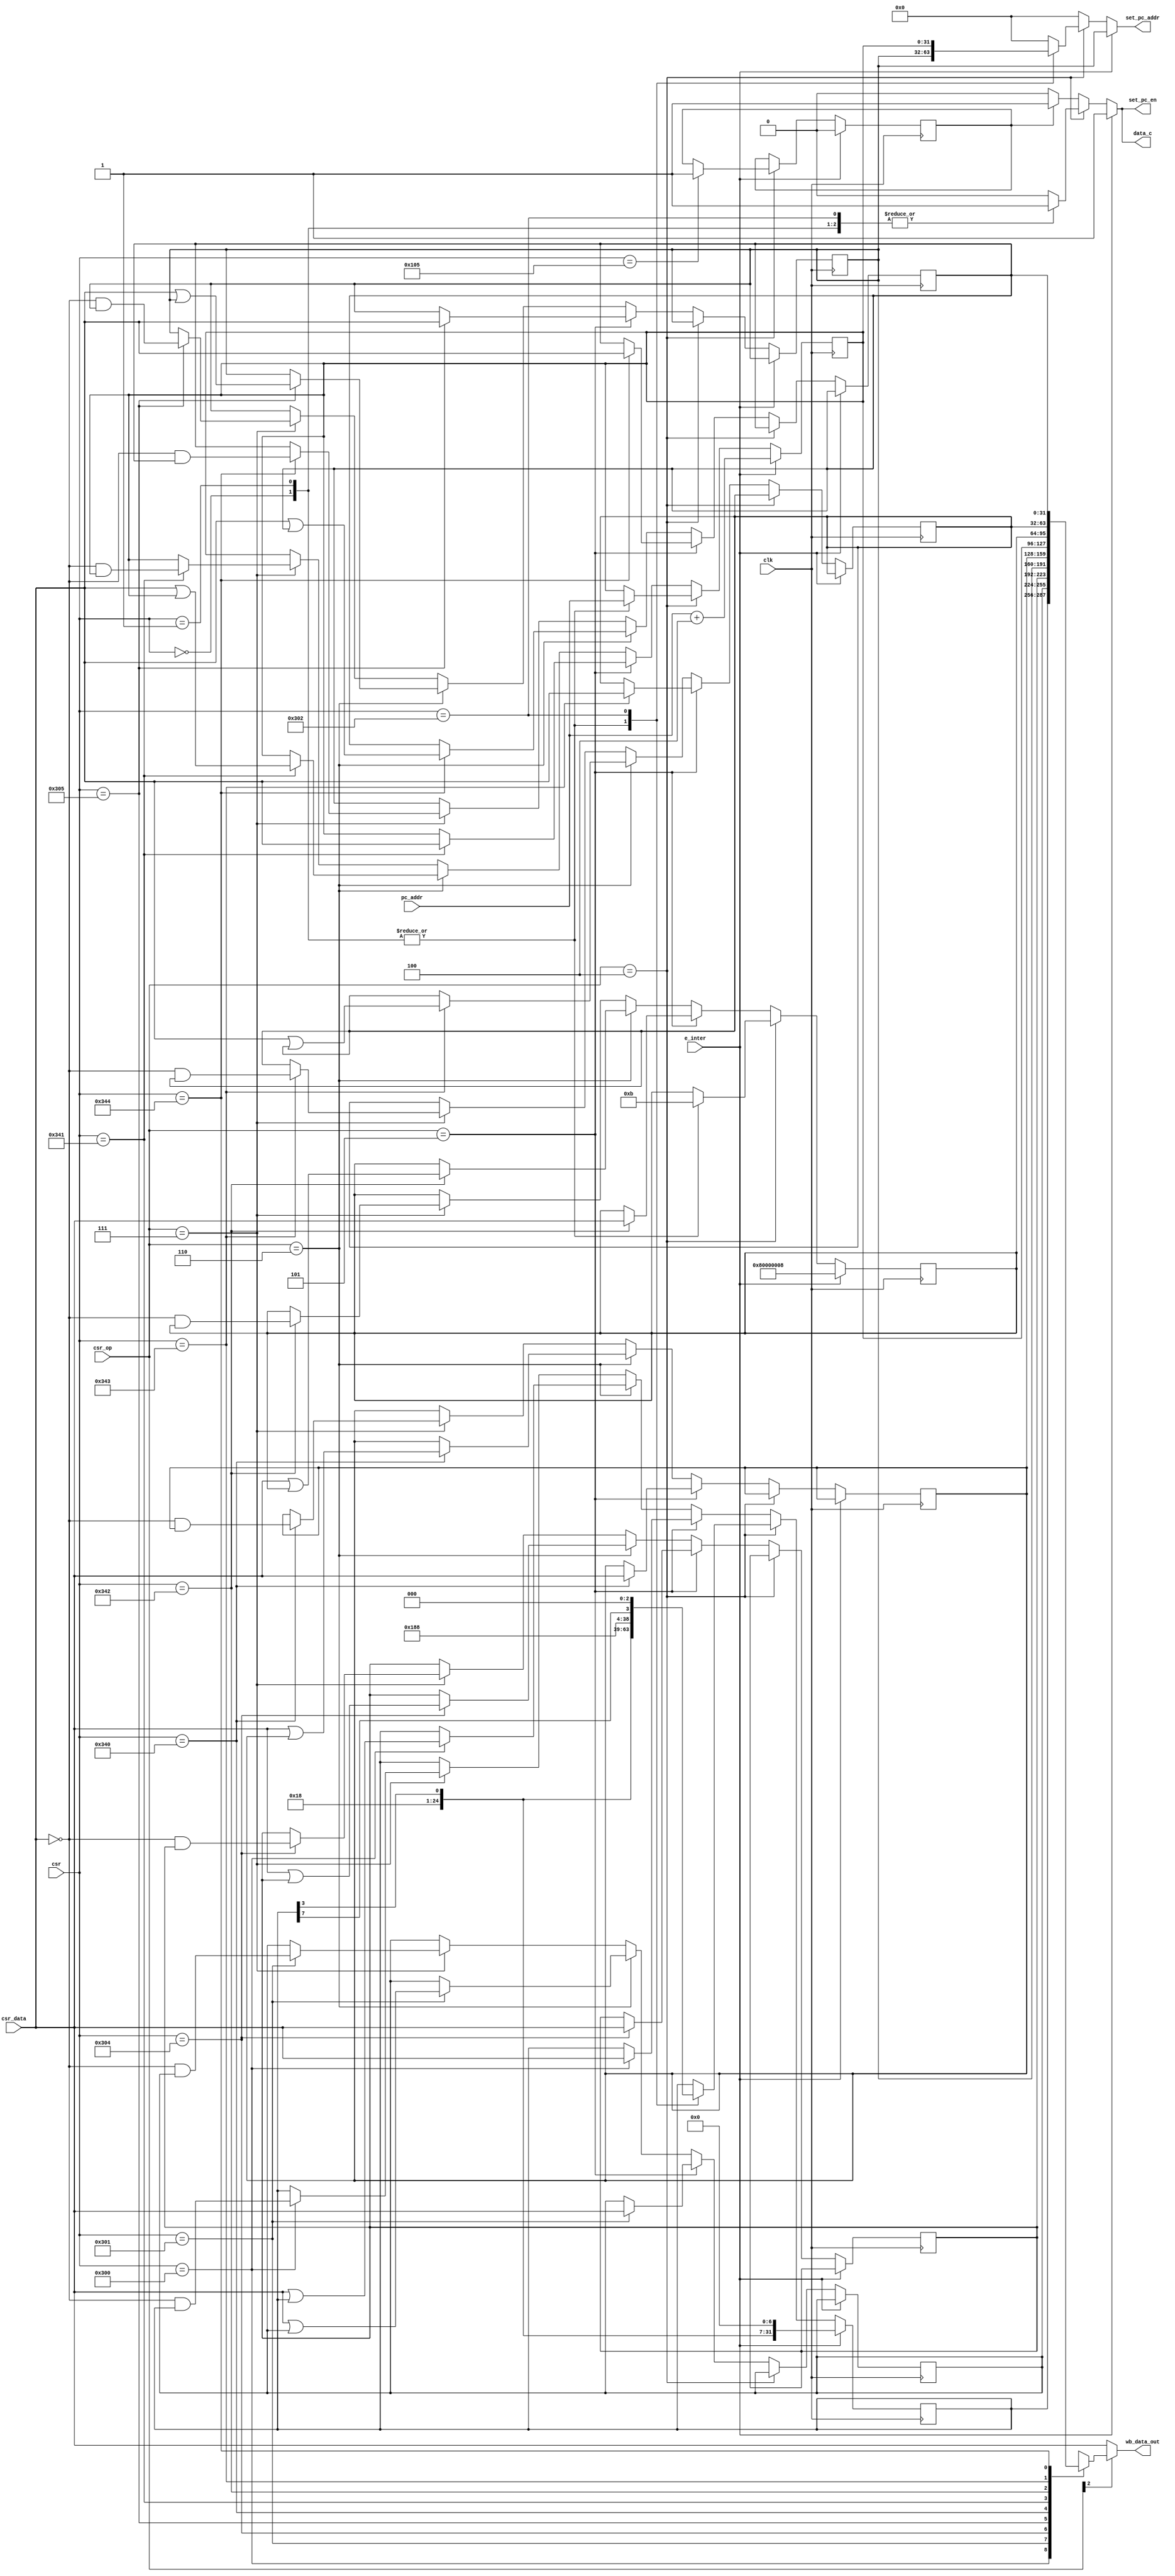
module csr_reg(
input clk,
input [11:0]csr,
input [31:0]csr_data,
input [2:0]csr_op,
input e_inter,
input [31:0]pc_addr,

output reg [31:0]wb_data_out,
output reg set_pc_en,
output reg [31:0]set_pc_addr,
output reg data_c
);

reg [31:0]mstatus  ;
reg [31:0]misa     ;
reg [31:0]mie      ;
reg [31:0]mtvec    ;
reg [31:0]mscratch ;
reg [31:0]mepc     ;
reg [31:0]mcause   ;
reg [31:0]mtval    ;
reg [31:0]mip      ;

reg wifi;


reg [31:0]csr_data_out;

initial
begin
misa=32'b0100_0000_0000_0000_0000_0001_0000_0000;	//

mstatus=32'b0000_0000_0000_0000_0001_1000_1000_1000;	//

mie     =32'b1111_1111_1111_1111_1111_1111_1111_1111;	//
mtvec   =2048;	//
mscratch=0;		//
mepc    =0;		//pc
mcause  =2;		//
mtval   =0;		//
mip     =0;		//

wifi    =0;    //
end

always@(*)
begin

	if(csr_op[2]==1)
		wb_data_out=csr_data_out;
	else
		wb_data_out=csr_data;

end

always@(posedge clk)
begin
if(e_inter==1)

begin
	mcause  =32'h80_00_00_08;
	mepc=pc_addr+4;
	mstatus={24'b0000_0000_0000_0000_0001_1000,mstatus[3],7'b000_0000};
	wifi=0;
end

else

begin
if(csr_op==3'b100)
	begin
	case(csr)
	
	0:
	begin
	mepc=pc_addr;
	mcause  =32'h00_00_00_0b;
	mstatus={24'b0000_0000_0000_0000_0001_1000,mstatus[3],7'b000_0000};
	end
	
	1:
	begin
	mepc=pc_addr;
	mcause  =32'h00_00_00_0b;
	mstatus={24'b0000_0000_0000_0000_0001_1000,mstatus[3],7'b000_0000};
	end
	
	770: 
	mstatus={24'b0000_0000_0000_0000_0001_1000,1'b1,3'b000,mstatus[7],3'b000};
	
	261: 			//wifi
	wifi=1;
	
	endcase
	end

else if(csr_op==3'b101)
	begin
	case(csr)
	12'h300:mstatus =csr_data;
	12'h301:misa    =csr_data;
	12'h304:mie     =csr_data;
	12'h305:mtvec   =csr_data;
	12'h340:mscratch=csr_data;
	12'h341:mepc    =csr_data;
	12'h342:mcause  =csr_data;
	12'h343:mtval   =csr_data;
	12'h344:mip     =csr_data;
	endcase
	end
else if(csr_op==3'b110)
	begin
	case(csr)
	12'h300:mstatus =csr_data| mstatus ;
	12'h301:misa    =csr_data| misa    ;
	12'h304:mie     =csr_data| mie     ;
	12'h305:mtvec   =csr_data| mtvec   ;
	12'h340:mscratch=csr_data| mscratch;
	12'h341:mepc    =csr_data| mepc    ;
	12'h342:mcause  =csr_data| mcause  ;
	12'h343:mtval   =csr_data| mtval   ;
	12'h344:mip     =csr_data| mip     ;
	endcase
	end
else if(csr_op==3'b111)
	begin
	case(csr)
	12'h300:mstatus =(~csr_data) & mstatus ;
	12'h301:misa    =(~csr_data) & misa    ;
	12'h304:mie     =(~csr_data) & mie     ;
	12'h305:mtvec   =(~csr_data) & mtvec   ;
	12'h340:mscratch=(~csr_data) & mscratch;
	12'h341:mepc    =(~csr_data) & mepc    ;
	12'h342:mcause  =(~csr_data) & mcause  ;
	12'h343:mtval   =(~csr_data) & mtval   ;
	12'h344:mip     =(~csr_data) & mip     ;
	endcase
	end
	
end
end

always@(*)
begin
	case(csr)
	12'h300:csr_data_out=mstatus ;
	12'h301:csr_data_out=misa    ;
	12'h304:csr_data_out=mie     ;
	12'h305:csr_data_out=mtvec   ;
	12'h340:csr_data_out=mscratch;
	12'h341:csr_data_out=mepc    ;
	12'h342:csr_data_out=mcause  ;
	12'h343:csr_data_out=mtval   ;
	12'h344:csr_data_out=mip     ;
	default:csr_data_out={{32{1'bx}}};
	endcase
	
end

always@(*)
begin
if(e_inter==1)
begin
	set_pc_en=1;
	set_pc_addr=mtvec;
	data_c=1;
end
else if(csr_op==3'b100)
begin
	case(csr)
		0:begin	//ecall
		set_pc_en=1;
		set_pc_addr=mtvec;
		data_c=1;
		end
		1:begin	//ebreak
		set_pc_en=1;
		set_pc_addr=mtvec;
		data_c=1;
		end
		770:begin	//mert
		set_pc_en=1;
		set_pc_addr=mepc;
		data_c=1;
		end
		default: begin
		set_pc_en=0;
		set_pc_addr=0;
		data_c=0;
		end
		endcase
end
else if(wifi==1)
begin
	set_pc_en=1;
	set_pc_addr=0;				//nop
	data_c=1;
end
else
begin
	set_pc_en=0;
	set_pc_addr=0;
	data_c=0;
end
end

endmodule